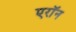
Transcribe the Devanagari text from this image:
एराॅन